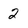
Character: 2